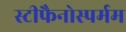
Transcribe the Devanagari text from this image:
स्टीफैनोस्पर्मम